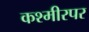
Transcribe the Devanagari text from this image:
कश्मीरपर